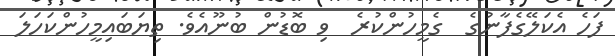
ފަހެ އެކަލޭގެފާނުގެ  ގެމީހުންކުރެ  ވި ބޮޑުން ބުނޫއެވެ. ތިޔަބައިމީހުންކަހަލަ